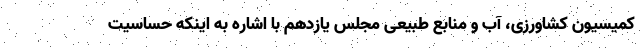
کمیسیون کشاورزی، آب و منابع طبیعی مجلس یازدهم با اشاره به اینکه حساسیت